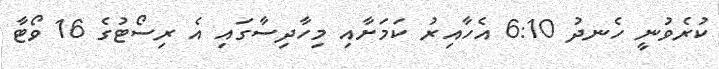
ކުރެވުނީ ހެނދު 6:10 އެހާއިރު ކަމަށާއި މިހާދިސާގައި އެ ރިސޯޓުގެ 16 ވޯޓާ